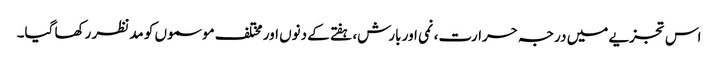
اس تجزیے میں درجہ حرارت، نمی اور بارش، ہفتے کے دنوں اور مختلف موسموں کو مدنظر رکھا گیا۔